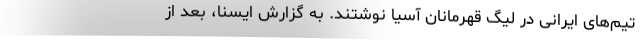
تیم‌های ایرانی در لیگ قهرمانان آسیا نوشتند. به گزارش ایسنا، بعد از